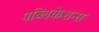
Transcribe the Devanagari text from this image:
पब्‍लिकेशन्‍स